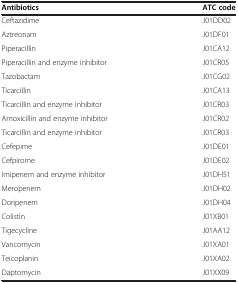
<table><thead><tr><td><b>Antibiotics</b></td><td><b>ATC code</b></td></tr></thead><tbody><tr><td>Ceftazidime</td><td>J01DD02</td></tr><tr><td>Aztreonam</td><td>J01DF01</td></tr><tr><td>Piperacillin</td><td>J01CA12</td></tr><tr><td>Piperacillin and enzyme inhibitor</td><td>J01CR05</td></tr><tr><td>Tazobactam</td><td>J01CG02</td></tr><tr><td>Ticarcillin</td><td>J01CA13</td></tr><tr><td>Ticarcillin and enzyme inhibitor</td><td>J01CR03</td></tr><tr><td>Amoxicillin and enzyme inhibitor</td><td>J01CR02</td></tr><tr><td>Ticarcillin and enzyme inhibitor</td><td>J01CR03</td></tr><tr><td>Cefepime</td><td>J01DE01</td></tr><tr><td>Cefpirome</td><td>J01DE02</td></tr><tr><td>Imipenem and enzyme inhibitor</td><td>J01DH51</td></tr><tr><td>Meropenem</td><td>J01DH02</td></tr><tr><td>Doripenem</td><td>J01DH04</td></tr><tr><td>Colistin</td><td>J01XB01</td></tr><tr><td>Tigecycline</td><td>J01AA12</td></tr><tr><td>Vancomycin</td><td>J01XA01</td></tr><tr><td>Teicoplanin</td><td>J01XA02</td></tr><tr><td>Daptomycin</td><td>J01XX09</td></tr></tbody></table>